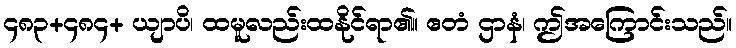
၄၈၃+၄၈၄+ ယျာပိ၊ ထမူလည်းထနိုင်ရာ၏။ ဧတံ ဌာနံ၊ ဤအကြောင်းသည်။